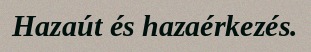
Hazaút és hazaérkezés.